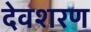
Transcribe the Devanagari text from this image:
देवशरण